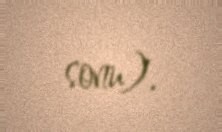
sonu).